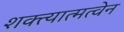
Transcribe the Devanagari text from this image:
शक्त्यात्मत्वेन